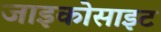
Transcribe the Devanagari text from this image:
जाइकोसाइट